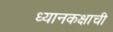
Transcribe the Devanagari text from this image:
ध्यानकक्षाची